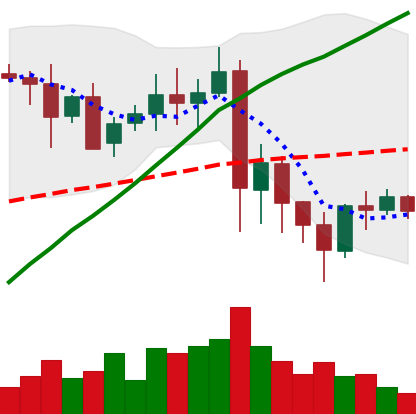
Ticker: XRP-USD
Chart end date: 2021-05-27
Forward return: 4.202%
Label: up_3_5